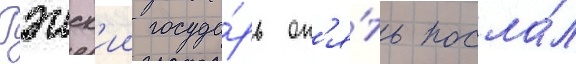
Гэнск'ии госуда́рь оп'я́ть посла́л